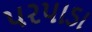
પરપાડા